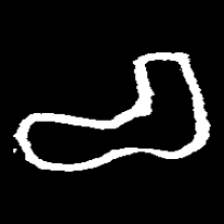
Pyu character \u2014 Myanmar letter: စ (romanized: ca)